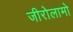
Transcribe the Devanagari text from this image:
जीरोलामो